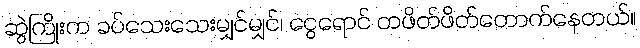
ဆွဲကြိုးက ခပ်သေးသေးမျှင်မျှင်၊ ငွေရောင် တဖိတ်ဖိတ်တောက်နေတယ်။